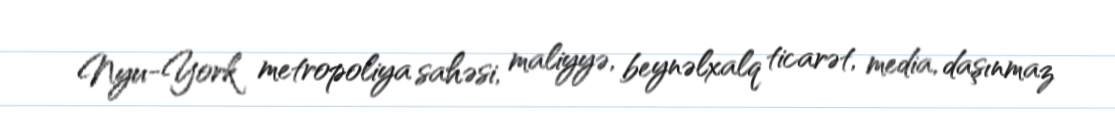
Nyu-York metropoliya sahəsi, maliyyə, beynəlxalq ticarət, media, daşınmaz